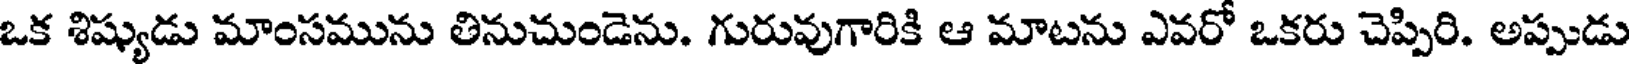
ఒక శిష్యుడు మాంసమును తినుచుండెను. గురువుగారికి ఆ మాటను ఎవరో ఒకరు చెప్పిరి. అప్పుడు